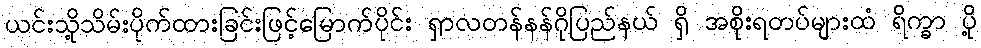
ယင်းသို့သိမ်းပိုက်ထားခြင်းဖြင့်မြောက်ပိုင်း ရှာလတန်နန်ဂိုပြည်နယ် ရှိ အစိုးရတပ်များထံ ရိက္ခာ ပို့